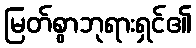
မြတ်စွာဘုရားရှင်၏